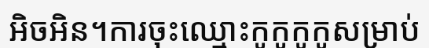
អិចអិន។ការចុះឈ្មោះកូកូកូកូសម្រាប់